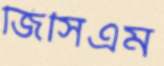
জিসিএম